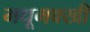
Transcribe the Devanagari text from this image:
मधूमक्खी